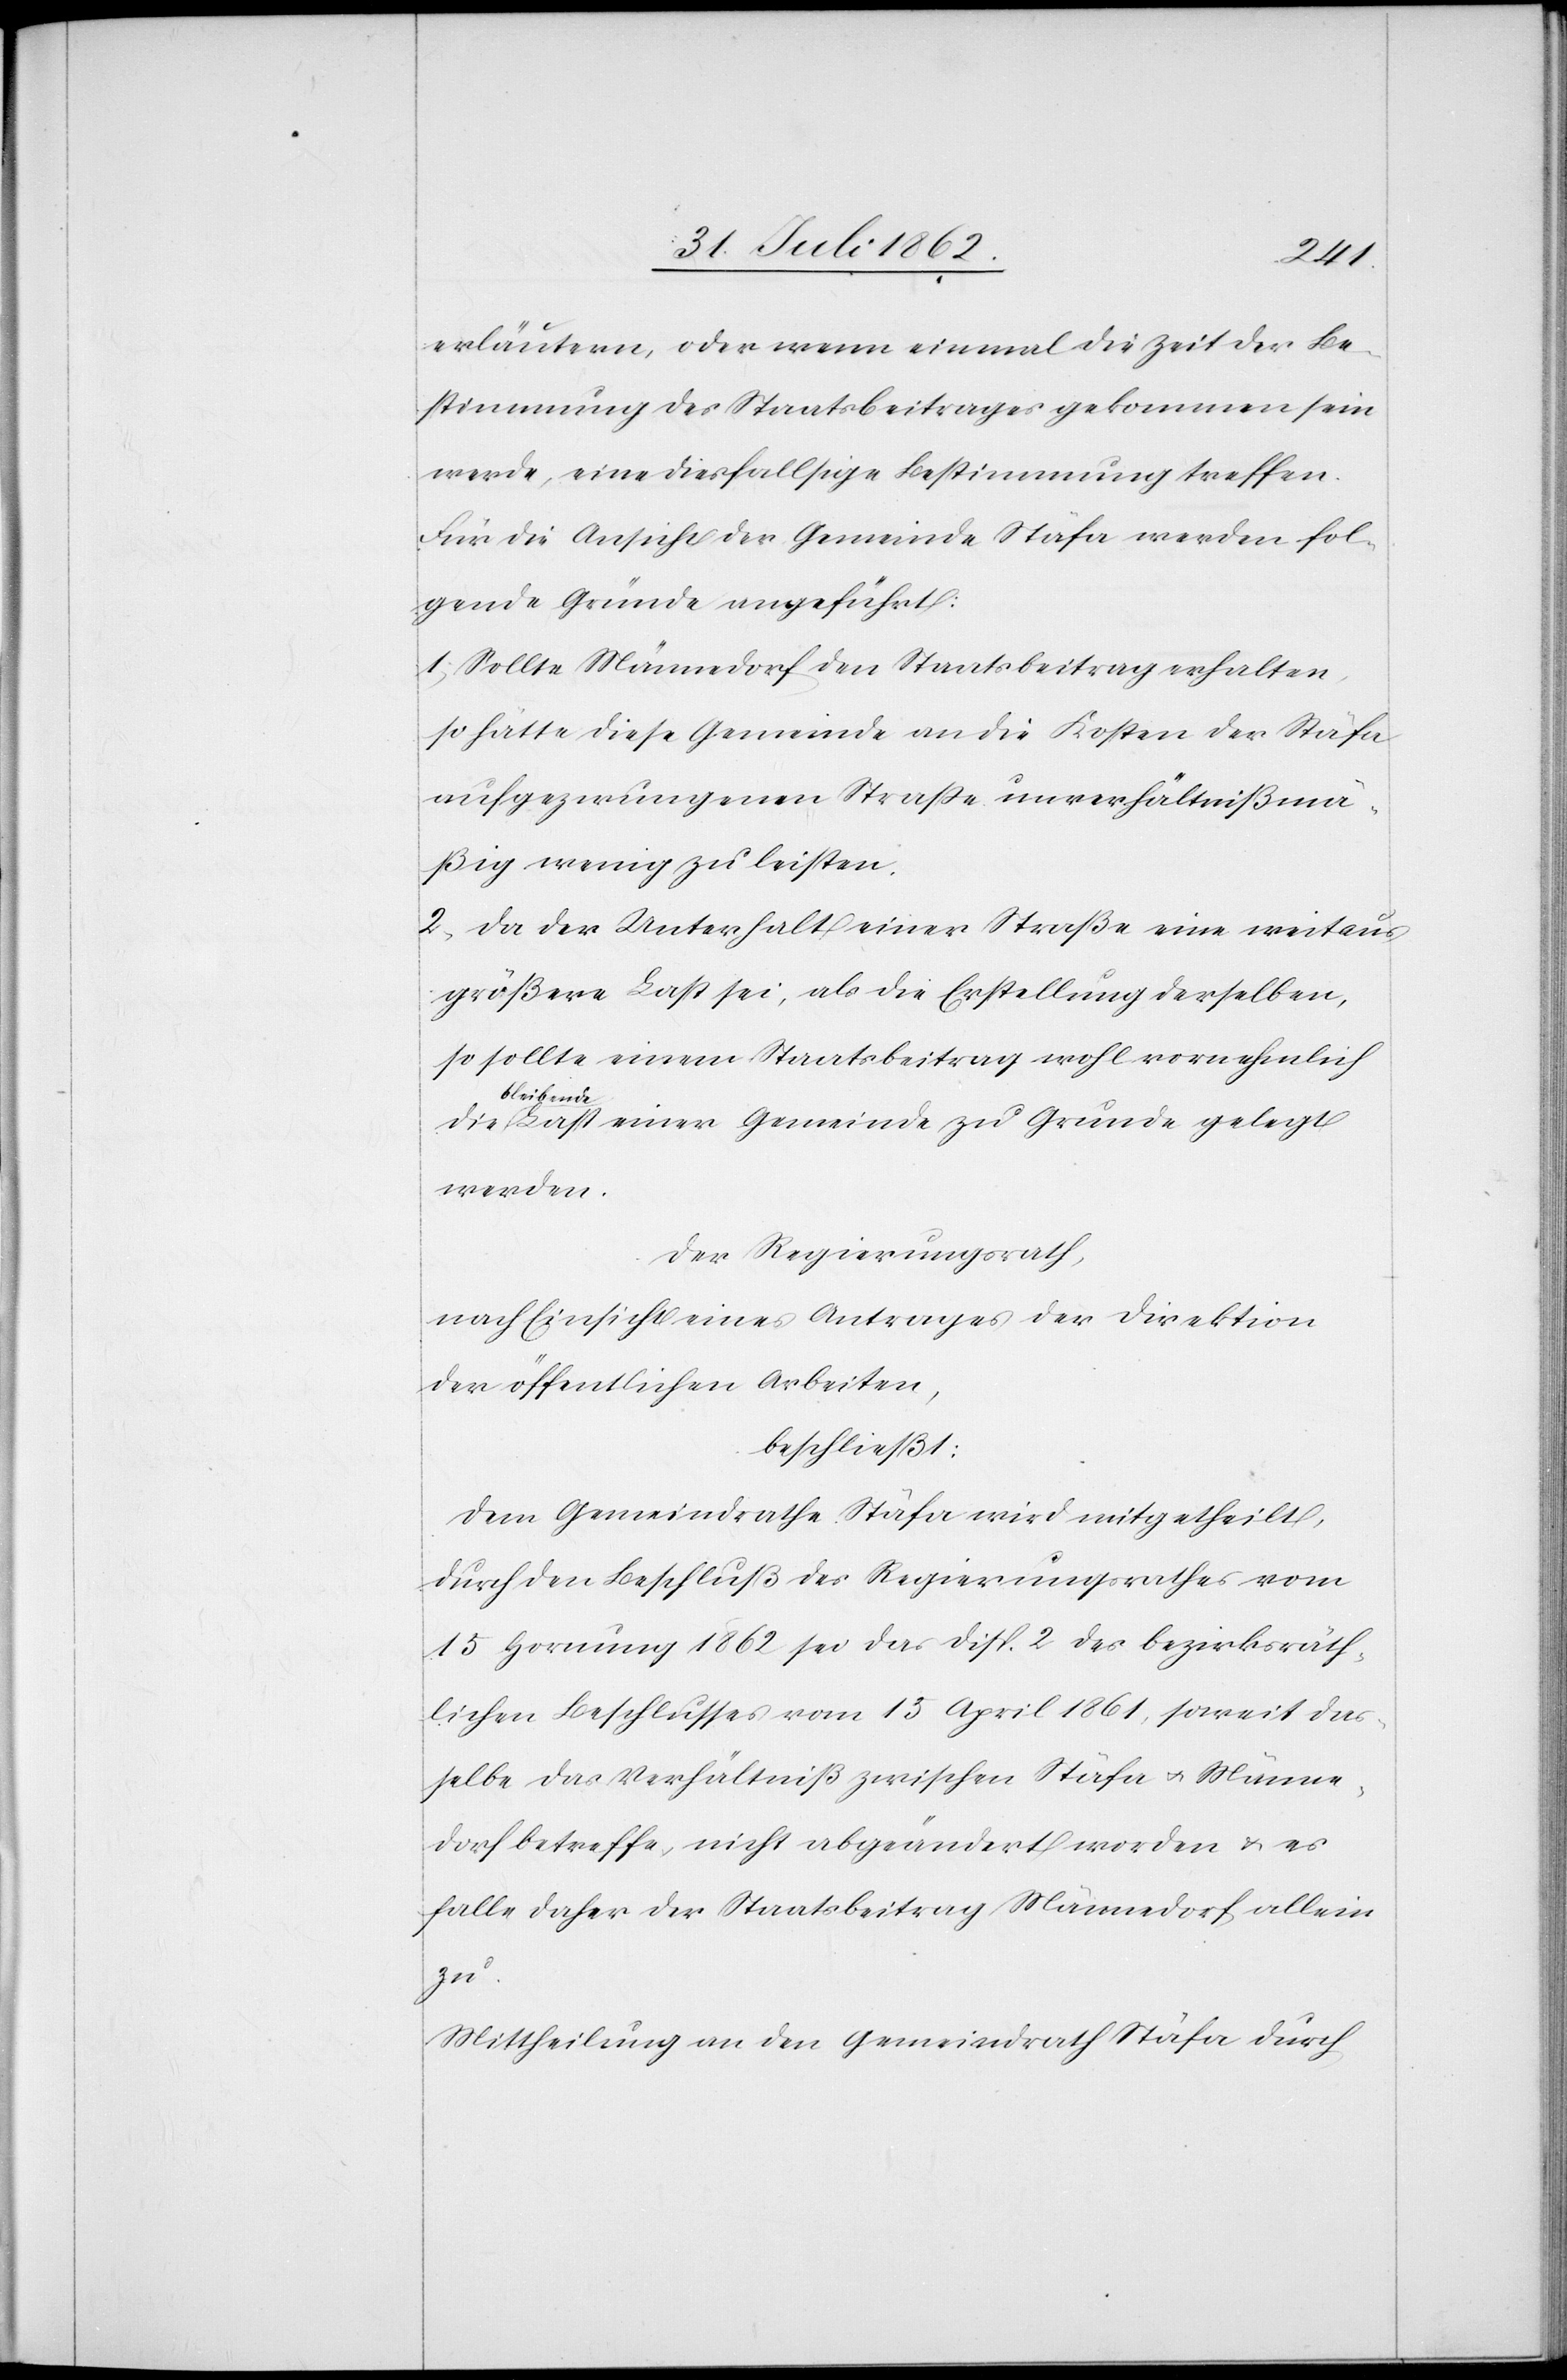
erläutern, oder wenn einmal die Zeit der Be¬
stimmung des Staatsbeitrages gekommen sein
werde, eine diesfallsige Bestimmung treffen.
Für die Ansicht der Gemeinde Stäfa werden fol¬
gende Gründe angeführt:
1) Sollte Männedorf den Staatsbeitrag erhalten,
so hätte diese Gemeinde an die Kosten der Stäfa
aufgezwungenen Straße unverhältnißmä¬
ßig wenig zu leisten.
2) Da der Unterhalt einer Straße eine weitaus
größere Last sei, als die Erstellung derselben,
so sollte einem Staatsbeitrag wohl vornehmlich
bleibend¬
e Last einer Gemeinde zu Grunde gelegt
werden.
Der Regierungsrath,
nach Einsicht eines Antrages der Direktion
der öffentlichen Arbeiten,
beschließt:
Dem Gemeindrathe Stäfa wird mitgetheilt,
durch den Beschluß des Regierungsrathes vom
15. Hornung 1862 sei das Disp. 2 des bezirksräth¬
lichen Beschlusses vom 15. April 1861, soweit das¬
selbe das Verhältniß zwischen Stäfa u. Männe¬
dorf betreffe, nicht abgeändert worden u. es
falle daher der Staatsbeitrag Männedorf allein
zu.
Mittheilung an den Gemeindrath Stäfa durch